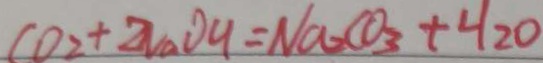
C O _ { 2 } + Z N a O H = N a _ { 2 } C O _ { 3 } + H _ { 2 } O